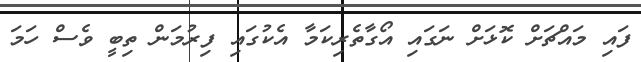
ފައި މައްޗަށް ކޮޅަށް ނަގައި އޯގާތެރިކަމާ އެކުގައި ފިރުމަން ތިބީ ވެސް ހަމަ